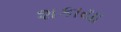
શકાયા